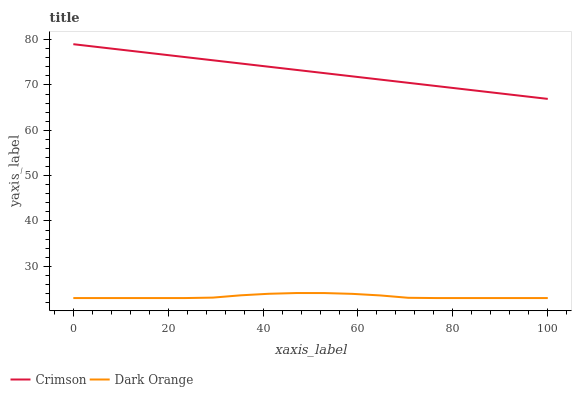
| xaxis_label | Crimson | Dark Orange |
 | --- | --- | --- |
 | 0 | 79 | 23 |
 | 5.88 | 78.3 | 23 |
 | 11.8 | 77.6 | 23 |
 | 17.6 | 76.9 | 23 |
 | 23.5 | 76.2 | 23 |
 | 29.4 | 75.5 | 23.1 |
 | 35.3 | 74.7 | 23.6 |
 | 41.2 | 74 | 23.9 |
 | 47.1 | 73.3 | 24.1 |
 | 52.9 | 72.6 | 24.1 |
 | 58.8 | 71.9 | 23.9 |
 | 64.7 | 71.2 | 23.6 |
 | 70.6 | 70.5 | 23.1 |
 | 76.5 | 69.8 | 23 |
 | 82.4 | 69.1 | 23 |
 | 88.2 | 68.4 | 23 |
 | 94.1 | 67.6 | 23 |
 | 100 | 66.9 | 23 |